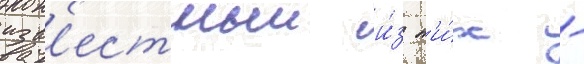
изв'естныи и́з н'и́х -